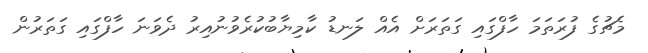
މެޗުގެ ފުރަތަމަ ހާފްގައި ގަތަރަށް އެއް ލަނޑު ކާމިޔާބުކުރެވުނުއިރު ދެވަނަ ހާފްގައި ގަތަރުން